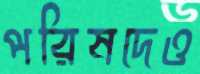
পরিষদেও